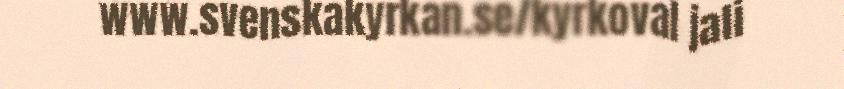
www.svenskakyrkan.se/kyrkoval jali